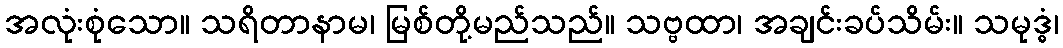
အလုံးစုံသော။ သရိတာနာမ၊ မြစ်တို့မည်သည်။ သဗ္ဗထာ၊ အချင်းခပ်သိမ်း။ သမုဒ္ဓံ၊